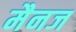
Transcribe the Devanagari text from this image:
मैनज